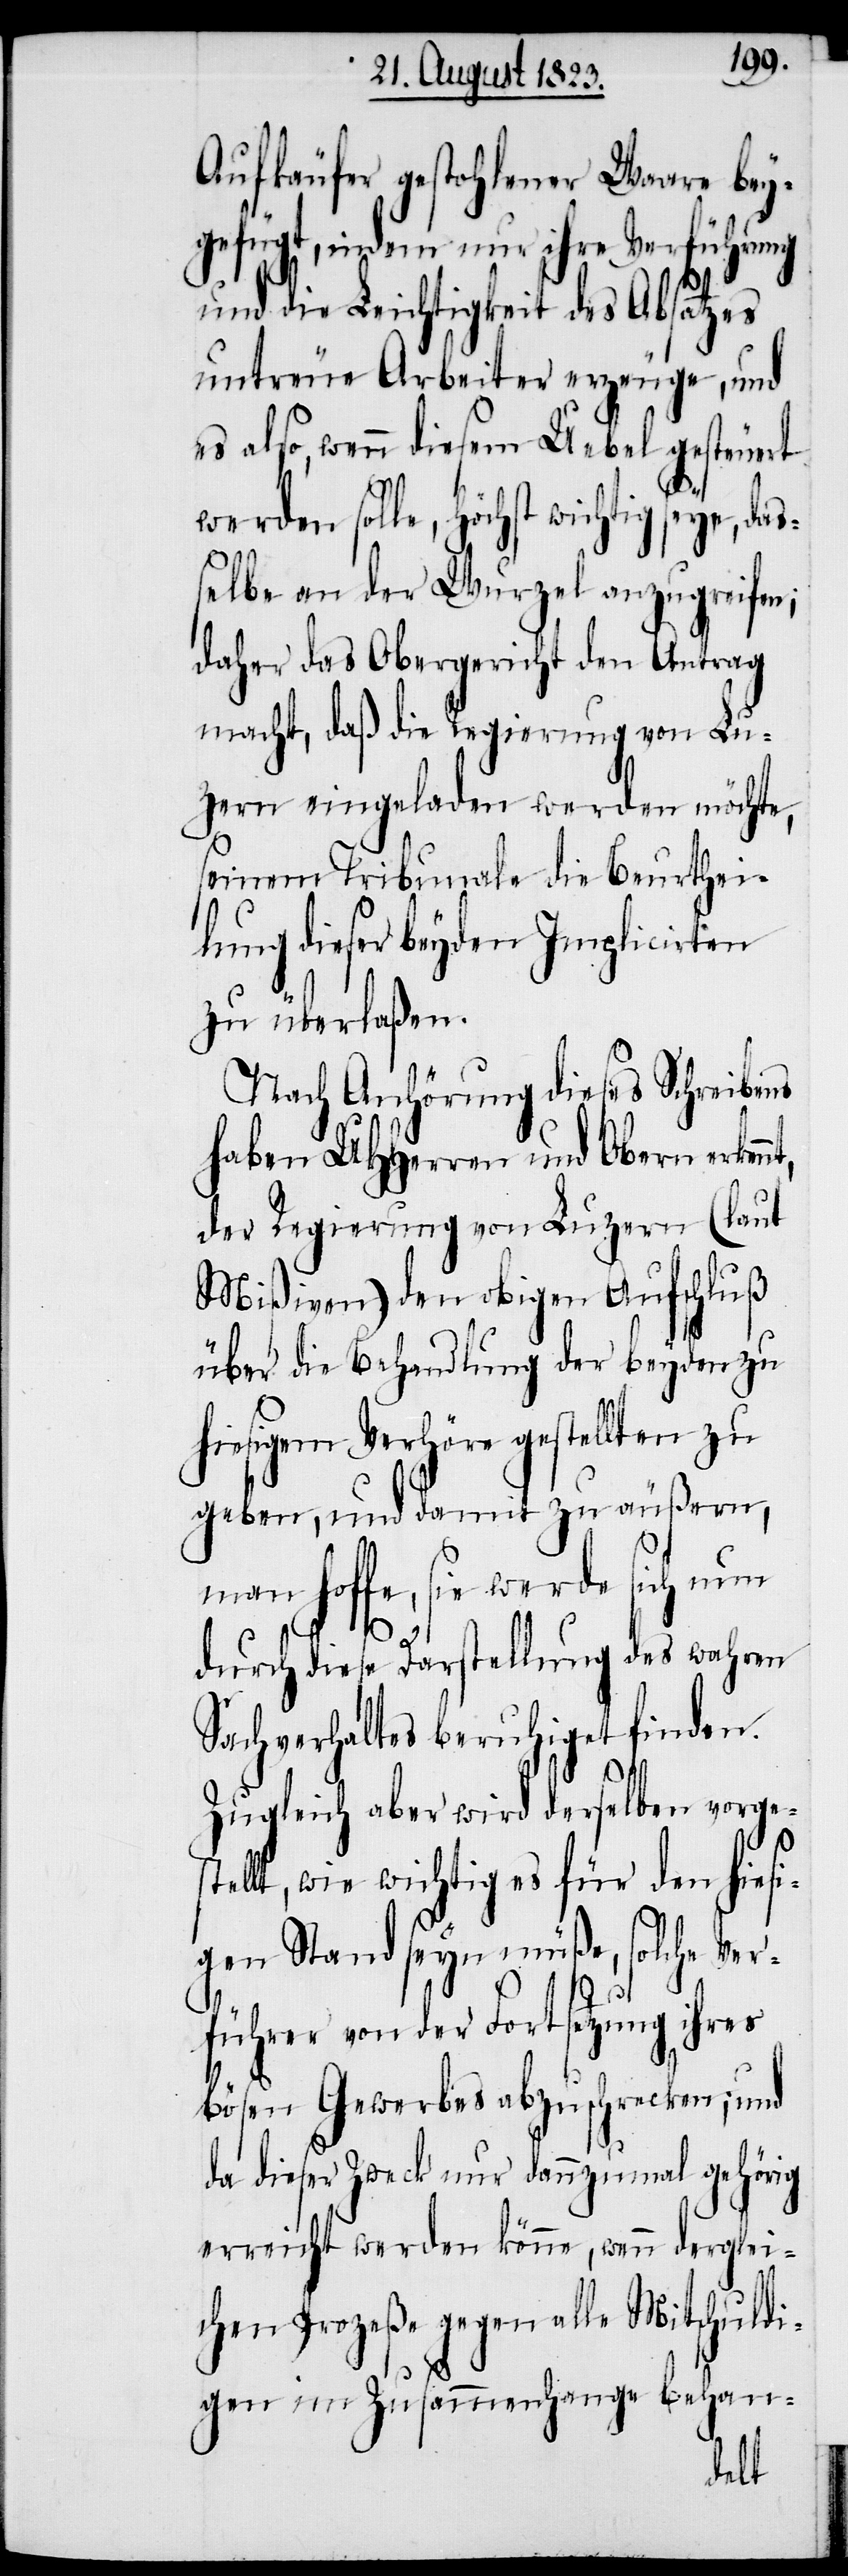
Aufkäufer gestohlener Waare bey¬
gefügt, indem nur ihre Verführung
und die Leichtigkeit des Absatzes
untreue Arbeiter erzeuge, und
es also, wenn diesem Uebel gesteuert
werden solle, Höchst wichtig seye,
selbe an der Wurzel anzugreifen;
daher das Obergericht den Antrag
macht, daß die Regierung von Lu¬
zern eingeladen werden möchte,
seinem Tribunale die Beurthei¬
lung dieser beyden Implicirten
zu überlaßen.
Nach Anhörung dieses Schreibens
haben UHHerren und Obern erkenn¬
der Regierung von Luzern (laut
Mißiven) den obigen Aufschluß
über die Behandlung der beyden zu
hiesigem Verhöre gestellten zu
geben, und damit zu äußern,
man hoffe, sie werde sich nun
t,
durch diese Darstellung des wahren
Sachverhaltes beruhiget finden.
Zugleich aber wird derselben vorge¬
s¬
tellt, wie wichtig es für den hiesi¬
gen Stand seyn müße, solche Ver¬
führer von der Fortsetzung ihres
bösen Gewerbes abzuschrecken; und
da dieser Zweck nur dannzumal gehörig
erreicht werden könne, wenn derglei¬
chen Prozeße gegen alle Mitschuldi¬
gen im Zusammenhange behand-
das¬